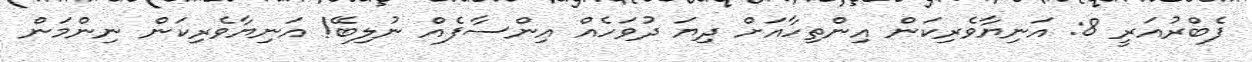
ފެބްރުއަރީ 8: އަނިޔާވެރިކަން އިންތިހާއަށް ދިޔަ ދުވަހެއް އިންސާފެއް ނުލިބޭ! އަނިޔާވެރިކަން ނިންމަން